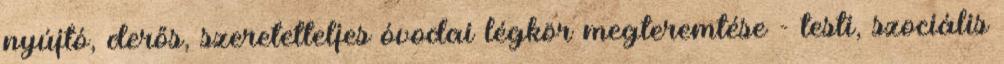
nyújtó, derős, szeretetteljes óvodai légkör megteremtése - testi, szociális